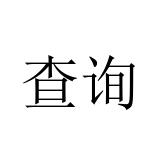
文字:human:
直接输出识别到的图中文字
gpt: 查询